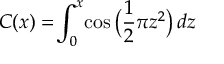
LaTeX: C ( x ) = \! \int _ { 0 } ^ { x } \! \cos { \big ( } { \frac { 1 } { 2 } } \pi z ^ { 2 } { \big ) } \, d z